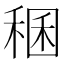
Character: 稛